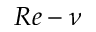
R e - \nu